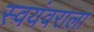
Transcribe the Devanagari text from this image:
स्वयंवराला